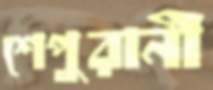
শেপুরানী